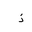
Letter: _thal